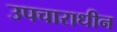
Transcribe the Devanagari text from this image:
उपचाराधीन